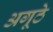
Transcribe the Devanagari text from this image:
अगूठे